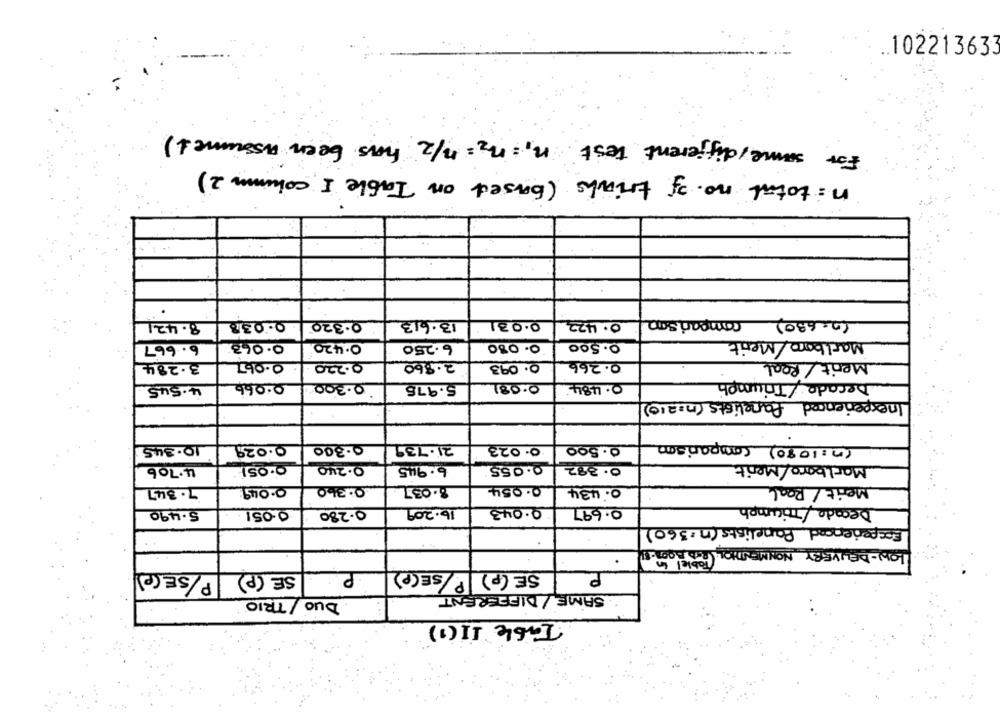
10221363
For same/ different test n1= n2= n/2 has been assume 1)
n= total no. of trials (based on Table I cohumm 2)
8 . 421
0.038
0.320
13.613
0.031
0.422
(2-630) comparison
6.667
0.063
0.420
6.250
0.080
0.500
Marlboro/ Merit
3.284
0.067
0.220
2.860
0.093
0.266
Ment/Real
Decade /Triumph
4.545
0.066
0.300
5.975
0.081
0. 484
Inexperienced Panelists (n=210)
0.029
0.300
21.739
0. 500
(n=1080) comparison
10.345
0.023
4.706
0.051
O.240
6.945
0.055
0.382
Marlboro/Ment
0.049.
0.360
8.037
0. 054
0. 434
Merit / Real
7.345
Decade/ Triumph
5.490
0.051
16.209
0.043
0.697
0.280
Experienced Panelists (n.360)
LOW-DELIVERY NONMENTION Fable! in
.
SE (p) P/SE(P)
SE (p)P/SE(P)
SAME/ DIFFERENT
DUO / TRIO
Table II (1)